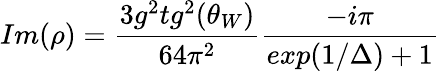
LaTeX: Im(\rho)=\frac{3g^{2}tg^{2}(\theta_{W})}{64\pi^{2}}\frac{-i\pi}{exp(1/\Delta)+1}